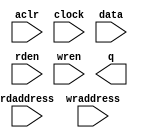
// megafunction wizard: %RAM: 2-PORT%VBB%
// GENERATION: STANDARD
// VERSION: WM1.0
// MODULE: altsyncram 

// ============================================================
// Megafunction Name(s):
// 			altsyncram
//
// Simulation Library Files(s):
// 			altera_mf
// ============================================================
// ************************************************************
// THIS IS A WIZARD-GENERATED FILE. DO NOT EDIT THIS FILE!
//
// 10.0 Build 218 06/27/2010 SJ Web Edition
// ************************************************************

//Copyright (C) 1991-2010 Altera Corporation
//Your use of Altera Corporation's design tools, logic functions 
//and other software and tools, and its AMPP partner logic 
//functions, and any output files from any of the foregoing 
//(including device programming or simulation files), and any 
//associated documentation or information are expressly subject 
//to the terms and conditions of the Altera Program License 
//Subscription Agreement, Altera MegaCore Function License 
//Agreement, or other applicable license agreement, including, 
//without limitation, that your use is for the sole purpose of 
//programming logic devices manufactured by Altera and sold by 
//Altera or its authorized distributors.  Please refer to the 
//applicable agreement for further details.

module dp_mem_256x16 (
	aclr,
	clock,
	data,
	rdaddress,
	rden,
	wraddress,
	wren,
	q);

	input	  aclr;
	input	  clock;
	input	[15:0]  data;
	input	[7:0]  rdaddress;
	input	  rden;
	input	[7:0]  wraddress;
	input	  wren;
	output	[15:0]  q;
`ifndef ALTERA_RESERVED_QIS
// synopsys translate_off
`endif
	tri0	  aclr;
	tri1	  clock;
	tri1	  rden;
	tri0	  wren;
`ifndef ALTERA_RESERVED_QIS
// synopsys translate_on
`endif

endmodule

// ============================================================
// CNX file retrieval info
// ============================================================
// Retrieval info: PRIVATE: ADDRESSSTALL_A NUMERIC "0"
// Retrieval info: PRIVATE: ADDRESSSTALL_B NUMERIC "0"
// Retrieval info: PRIVATE: BYTEENA_ACLR_A NUMERIC "0"
// Retrieval info: PRIVATE: BYTEENA_ACLR_B NUMERIC "0"
// Retrieval info: PRIVATE: BYTE_ENABLE_A NUMERIC "0"
// Retrieval info: PRIVATE: BYTE_ENABLE_B NUMERIC "0"
// Retrieval info: PRIVATE: BYTE_SIZE NUMERIC "8"
// Retrieval info: PRIVATE: BlankMemory NUMERIC "1"
// Retrieval info: PRIVATE: CLOCK_ENABLE_INPUT_A NUMERIC "0"
// Retrieval info: PRIVATE: CLOCK_ENABLE_INPUT_B NUMERIC "0"
// Retrieval info: PRIVATE: CLOCK_ENABLE_OUTPUT_A NUMERIC "0"
// Retrieval info: PRIVATE: CLOCK_ENABLE_OUTPUT_B NUMERIC "0"
// Retrieval info: PRIVATE: CLRdata NUMERIC "0"
// Retrieval info: PRIVATE: CLRq NUMERIC "1"
// Retrieval info: PRIVATE: CLRrdaddress NUMERIC "1"
// Retrieval info: PRIVATE: CLRrren NUMERIC "0"
// Retrieval info: PRIVATE: CLRwraddress NUMERIC "0"
// Retrieval info: PRIVATE: CLRwren NUMERIC "0"
// Retrieval info: PRIVATE: Clock NUMERIC "0"
// Retrieval info: PRIVATE: Clock_A NUMERIC "0"
// Retrieval info: PRIVATE: Clock_B NUMERIC "0"
// Retrieval info: PRIVATE: ECC NUMERIC "0"
// Retrieval info: PRIVATE: IMPLEMENT_IN_LES NUMERIC "0"
// Retrieval info: PRIVATE: INDATA_ACLR_B NUMERIC "0"
// Retrieval info: PRIVATE: INDATA_REG_B NUMERIC "0"
// Retrieval info: PRIVATE: INIT_FILE_LAYOUT STRING "PORT_B"
// Retrieval info: PRIVATE: INIT_TO_SIM_X NUMERIC "0"
// Retrieval info: PRIVATE: INTENDED_DEVICE_FAMILY STRING "Cyclone IV E"
// Retrieval info: PRIVATE: JTAG_ENABLED NUMERIC "0"
// Retrieval info: PRIVATE: JTAG_ID STRING "NONE"
// Retrieval info: PRIVATE: MAXIMUM_DEPTH NUMERIC "0"
// Retrieval info: PRIVATE: MEMSIZE NUMERIC "4096"
// Retrieval info: PRIVATE: MEM_IN_BITS NUMERIC "0"
// Retrieval info: PRIVATE: MIFfilename STRING ""
// Retrieval info: PRIVATE: OPERATION_MODE NUMERIC "2"
// Retrieval info: PRIVATE: OUTDATA_ACLR_B NUMERIC "1"
// Retrieval info: PRIVATE: OUTDATA_REG_B NUMERIC "1"
// Retrieval info: PRIVATE: RAM_BLOCK_TYPE NUMERIC "0"
// Retrieval info: PRIVATE: READ_DURING_WRITE_MODE_MIXED_PORTS NUMERIC "1"
// Retrieval info: PRIVATE: READ_DURING_WRITE_MODE_PORT_A NUMERIC "3"
// Retrieval info: PRIVATE: READ_DURING_WRITE_MODE_PORT_B NUMERIC "3"
// Retrieval info: PRIVATE: REGdata NUMERIC "1"
// Retrieval info: PRIVATE: REGq NUMERIC "1"
// Retrieval info: PRIVATE: REGrdaddress NUMERIC "1"
// Retrieval info: PRIVATE: REGrren NUMERIC "1"
// Retrieval info: PRIVATE: REGwraddress NUMERIC "1"
// Retrieval info: PRIVATE: REGwren NUMERIC "1"
// Retrieval info: PRIVATE: SYNTH_WRAPPER_GEN_POSTFIX STRING "1"
// Retrieval info: PRIVATE: USE_DIFF_CLKEN NUMERIC "0"
// Retrieval info: PRIVATE: UseDPRAM NUMERIC "1"
// Retrieval info: PRIVATE: VarWidth NUMERIC "0"
// Retrieval info: PRIVATE: WIDTH_READ_A NUMERIC "16"
// Retrieval info: PRIVATE: WIDTH_READ_B NUMERIC "16"
// Retrieval info: PRIVATE: WIDTH_WRITE_A NUMERIC "16"
// Retrieval info: PRIVATE: WIDTH_WRITE_B NUMERIC "16"
// Retrieval info: PRIVATE: WRADDR_ACLR_B NUMERIC "0"
// Retrieval info: PRIVATE: WRADDR_REG_B NUMERIC "0"
// Retrieval info: PRIVATE: WRCTRL_ACLR_B NUMERIC "0"
// Retrieval info: PRIVATE: enable NUMERIC "0"
// Retrieval info: PRIVATE: rden NUMERIC "1"
// Retrieval info: LIBRARY: altera_mf altera_mf.altera_mf_components.all
// Retrieval info: CONSTANT: ADDRESS_ACLR_B STRING "CLEAR0"
// Retrieval info: CONSTANT: ADDRESS_REG_B STRING "CLOCK0"
// Retrieval info: CONSTANT: CLOCK_ENABLE_INPUT_A STRING "BYPASS"
// Retrieval info: CONSTANT: CLOCK_ENABLE_INPUT_B STRING "BYPASS"
// Retrieval info: CONSTANT: CLOCK_ENABLE_OUTPUT_B STRING "BYPASS"
// Retrieval info: CONSTANT: INTENDED_DEVICE_FAMILY STRING "Cyclone IV E"
// Retrieval info: CONSTANT: LPM_TYPE STRING "altsyncram"
// Retrieval info: CONSTANT: NUMWORDS_A NUMERIC "256"
// Retrieval info: CONSTANT: NUMWORDS_B NUMERIC "256"
// Retrieval info: CONSTANT: OPERATION_MODE STRING "DUAL_PORT"
// Retrieval info: CONSTANT: OUTDATA_ACLR_B STRING "CLEAR0"
// Retrieval info: CONSTANT: OUTDATA_REG_B STRING "CLOCK0"
// Retrieval info: CONSTANT: POWER_UP_UNINITIALIZED STRING "FALSE"
// Retrieval info: CONSTANT: RDCONTROL_REG_B STRING "CLOCK0"
// Retrieval info: CONSTANT: READ_DURING_WRITE_MODE_MIXED_PORTS STRING "OLD_DATA"
// Retrieval info: CONSTANT: WIDTHAD_A NUMERIC "8"
// Retrieval info: CONSTANT: WIDTHAD_B NUMERIC "8"
// Retrieval info: CONSTANT: WIDTH_A NUMERIC "16"
// Retrieval info: CONSTANT: WIDTH_B NUMERIC "16"
// Retrieval info: CONSTANT: WIDTH_BYTEENA_A NUMERIC "1"
// Retrieval info: USED_PORT: aclr 0 0 0 0 INPUT GND "aclr"
// Retrieval info: USED_PORT: clock 0 0 0 0 INPUT VCC "clock"
// Retrieval info: USED_PORT: data 0 0 16 0 INPUT NODEFVAL "data[15..0]"
// Retrieval info: USED_PORT: q 0 0 16 0 OUTPUT NODEFVAL "q[15..0]"
// Retrieval info: USED_PORT: rdaddress 0 0 8 0 INPUT NODEFVAL "rdaddress[7..0]"
// Retrieval info: USED_PORT: rden 0 0 0 0 INPUT VCC "rden"
// Retrieval info: USED_PORT: wraddress 0 0 8 0 INPUT NODEFVAL "wraddress[7..0]"
// Retrieval info: USED_PORT: wren 0 0 0 0 INPUT GND "wren"
// Retrieval info: CONNECT: @aclr0 0 0 0 0 aclr 0 0 0 0
// Retrieval info: CONNECT: @address_a 0 0 8 0 wraddress 0 0 8 0
// Retrieval info: CONNECT: @address_b 0 0 8 0 rdaddress 0 0 8 0
// Retrieval info: CONNECT: @clock0 0 0 0 0 clock 0 0 0 0
// Retrieval info: CONNECT: @data_a 0 0 16 0 data 0 0 16 0
// Retrieval info: CONNECT: @rden_b 0 0 0 0 rden 0 0 0 0
// Retrieval info: CONNECT: @wren_a 0 0 0 0 wren 0 0 0 0
// Retrieval info: CONNECT: q 0 0 16 0 @q_b 0 0 16 0
// Retrieval info: GEN_FILE: TYPE_NORMAL dp_mem_256x16.v TRUE
// Retrieval info: GEN_FILE: TYPE_NORMAL dp_mem_256x16.inc FALSE
// Retrieval info: GEN_FILE: TYPE_NORMAL dp_mem_256x16.cmp FALSE
// Retrieval info: GEN_FILE: TYPE_NORMAL dp_mem_256x16.bsf FALSE
// Retrieval info: GEN_FILE: TYPE_NORMAL dp_mem_256x16_inst.v FALSE
// Retrieval info: GEN_FILE: TYPE_NORMAL dp_mem_256x16_bb.v TRUE
// Retrieval info: GEN_FILE: TYPE_NORMAL dp_mem_256x16_syn.v TRUE
// Retrieval info: LIB_FILE: altera_mf